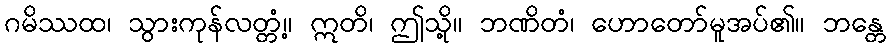
ဂမိဿထ၊ သွားကုန်လတ္တံ့။ ဣတိ၊ ဤသို့။ ဘဏိတံ၊ ဟောတော်မူအပ်၏။ ဘန္တေ